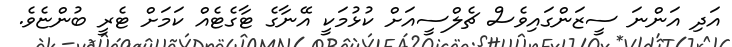
އަދި އަންނަ ސީޒަންގައިވެސް ޗެލްސީއަށް ކުޅުމަކީ އޭނާގެ ޓާގެޓެއް ކަމަށް ޓެރީ ބުންޏެވެ.